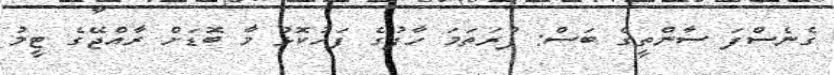
ގެނެސްފަ ސާންތީގެ ބަސް: ފުރަތަމަ ހާފުގެ ފަހުކޮޅު މާ ބޮޑަށް ރާއްޖޭގެ ޓީމު